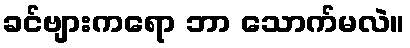
ခင်ဗျားကရော ဘာ သောက်မလဲ။